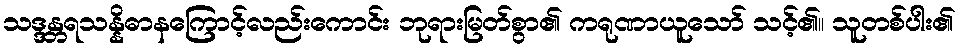
သဒ္ဒန္တရသန္နိဓာနကြောင့်လည်းကောင်း ဘုရားမြတ်စွာ၏ ကရုဏာယူသော် သင့်၏။ သူတစ်ပါး၏